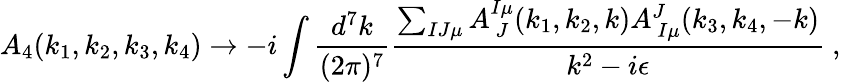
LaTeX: A_{4}(k_{1},k_{2},k_{3},k_{4})\rightarrow-i\int{\frac{d^{7}k}{(2\pi)^{7}}}{\frac{\sum_{IJ\mu}A_{\ J}^{I\mu}(k_{1},k_{2},k)A_{\ I\mu}^{J}(k_{3},k_{4},-k)}{k^{2}-i\epsilon}}\ ,